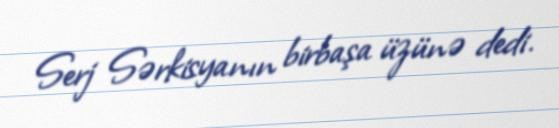
Serj Sərkisyanın birbaşa üzünə dedi.